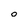
Character: 0